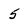
Character: 5